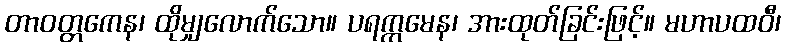
တာဝတ္တကေန၊ ထိုမျှလောက်သော။ ပရက္ကမေန၊ အားထုတ်ခြင်းဖြင့်။ မဟာပထဝီ၊